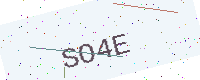
Text: SO4E